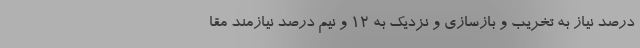
درصد نیاز به تخریب و بازسازی و نزدیک به ۱۲ و نیم درصد نیازمند مقا